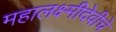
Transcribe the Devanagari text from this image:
महालक्ष्मीदेवीचे